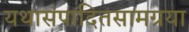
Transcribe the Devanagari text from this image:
यथासंपादितसामग्रया